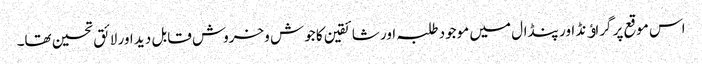
اس موقع پر گراﺅنڈ اور پنڈال میں موجود طلبہ اور شائقین کا جوش وخروش قابل دید اور لائق تحسین تھا۔